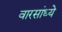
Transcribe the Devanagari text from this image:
वारसांध्ये